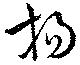
揚